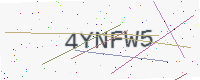
Text: 4YNFW5